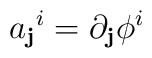
{a_{\bf{j}}}^{i}=\partial_{\bf{j}}\phi^{i}